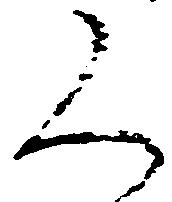
く